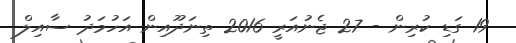
19 ގަޑި ކުރިން - 27 ޖެނުއަރީ 2016 ތިނަދޫއިން އަހުމަދު ސާއިލް